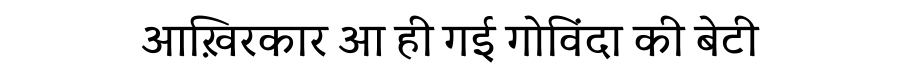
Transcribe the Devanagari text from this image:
आख़िरकार आ ही गई गोविंदा की बेटी